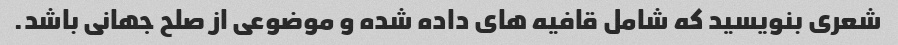
شعری بنویسید که شامل قافیه های داده شده و موضوعی از صلح جهانی باشد.